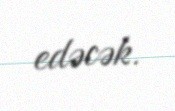
edəcək.